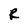
Character: R